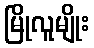
မြိုလူမျိုး